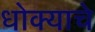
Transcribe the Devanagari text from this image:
धोक्‍याचे